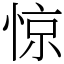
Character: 惊